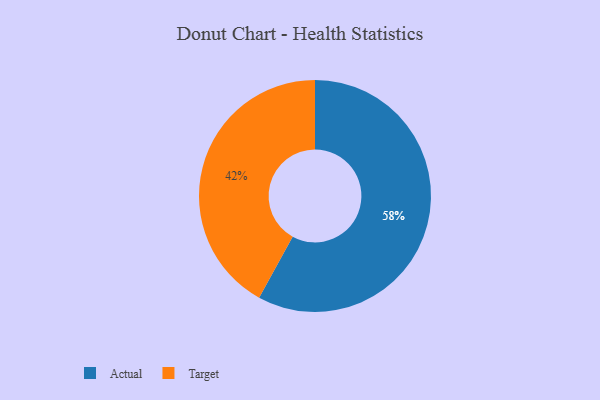
{"axis": {"x": "Category", "y": "Percentage"}, "legend": ["Actual", "Target"], "data": [{"x": "Target", "y": 42, "type": "Target"}, {"x": "Actual", "y": 58, "type": "Actual"}]}